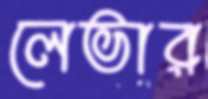
লেভার